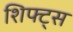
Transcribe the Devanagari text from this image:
शिफ्ट्स